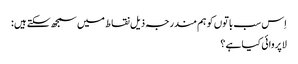
اِس سب باتوں کو ہم مندرجہ ذیل نقاط میں سمجھ سکتے ہیں :
لاپروائی کیا ہے ؟